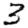
Digit: 3